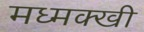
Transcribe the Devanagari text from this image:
मध्मक्खी